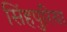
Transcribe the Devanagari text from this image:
सिंहपुरिया